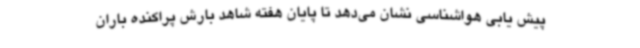
پیش یابی هواشناسی نشان می‌دهد تا پایان هفته شاهد بارش پراکنده باران